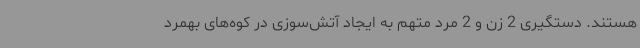
هستند. دستگیری 2 زن و 2 مرد متهم به ایجاد آتش‌سوزی در کوه‌های بهمرد